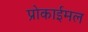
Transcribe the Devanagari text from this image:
प्रोकाईमल